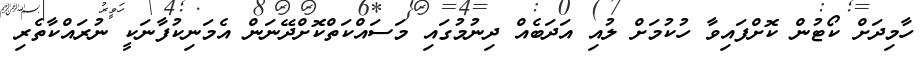
ހާމިދަށް ކޯޓުން ކޮށްފައިވާ ހުކުމަށް ލުއި އަދަބެއް ދިނުމުގައި މަސައްކަތްކޮށްދޭނަން އެމަނިކުފާނަކީ ނުރައްކާތެރި